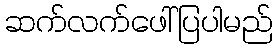
ဆက်လက်ဖေါ်ပြပါမည်